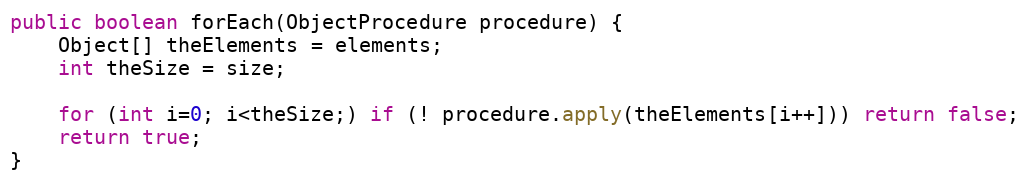
Language: Java
public boolean forEach(ObjectProcedure procedure) {
	Object[] theElements = elements;
	int theSize = size;

	for (int i=0; i<theSize;) if (! procedure.apply(theElements[i++])) return false;
	return true;
}